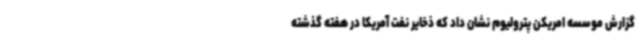
گزارش موسسه امریکن پترولیوم نشان داد که ذخایر نفت آمریکا در هفته گذشته